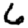
Digit: 6